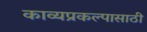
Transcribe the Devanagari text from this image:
काव्यप्रकल्पासाठी